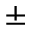
\pm